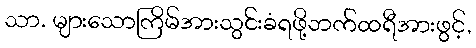
သာ. များသောကြိမ်အားသွင်းခံရဖို့ဘက်ထရီအားဖွင့်,